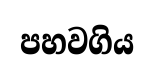
පහවගිය